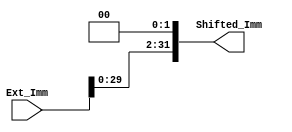
module Shift_Left_2
#
(
	parameter DATA_WIDTH = 32
)
(
	input		[DATA_WIDTH-1:0]	Ext_Imm,
	
	output	[DATA_WIDTH-1:0]	Shifted_Imm
);

	assign Shifted_Imm = Ext_Imm << 2;
	
endmodule